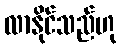
လာနိုင်သည်ဟု